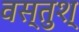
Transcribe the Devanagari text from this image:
वस्तुश्